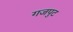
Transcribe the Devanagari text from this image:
गजपुट